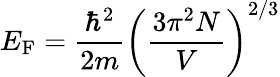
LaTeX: E_{\mathrm{F}}={\frac{\hbar^{2}}{2m}}\left({\frac{3\pi^{2}N}{V}}\right)^{2/3}